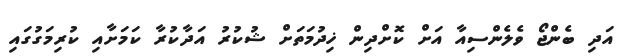
އަދި ބެންޖޯ ވެލެންސިއާ އަށް ކޮށްދިން ޚިދުމަތަށް ޝުކުރު އަދާކުރާ ކަމަށާއި ކުރިމަގުގައި